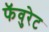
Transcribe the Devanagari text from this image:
फॅवुरेट